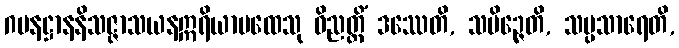
ဂမနဋ္ဌာနနိသဇ္ဇာသယနဣရိယာပထေသု ဝိညတ္တိံ ဒဿေတိ, သမိဉ္ဇေတိ, သမ္ပသာရေတိ,